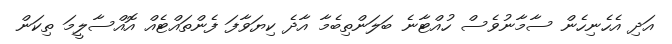
އަދި އެހެނިހެން ސާމާނުވެސް ހުއްޓާނެ ބަލަންތިބެމާ އާދެ ކިޔަވާފަ ފެންތައްޓެއް އޮއްސާލީމަ ތިކަން